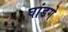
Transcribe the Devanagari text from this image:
घांडगे